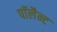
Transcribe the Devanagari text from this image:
पॉलैन्ट